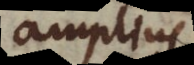
amplius